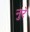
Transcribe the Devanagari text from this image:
नुरे